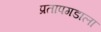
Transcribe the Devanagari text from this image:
प्रतापगडाला